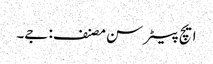
ایچ پیٹر سن مصنف: جے۔